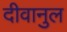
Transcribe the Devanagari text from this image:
दीवानुल